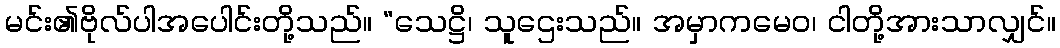
မင်း၏ဗိုလ်ပါအပေါင်းတို့သည်။ “သေဋ္ဌိ၊ သူဌေးသည်။ အမှာကမေဝ၊ ငါတို့အားသာလျှင်။